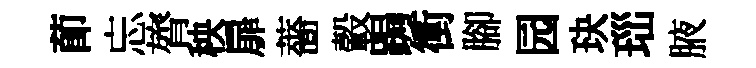
莭忘膂秧扉薔轂跼衝腳园玦𤤼腋